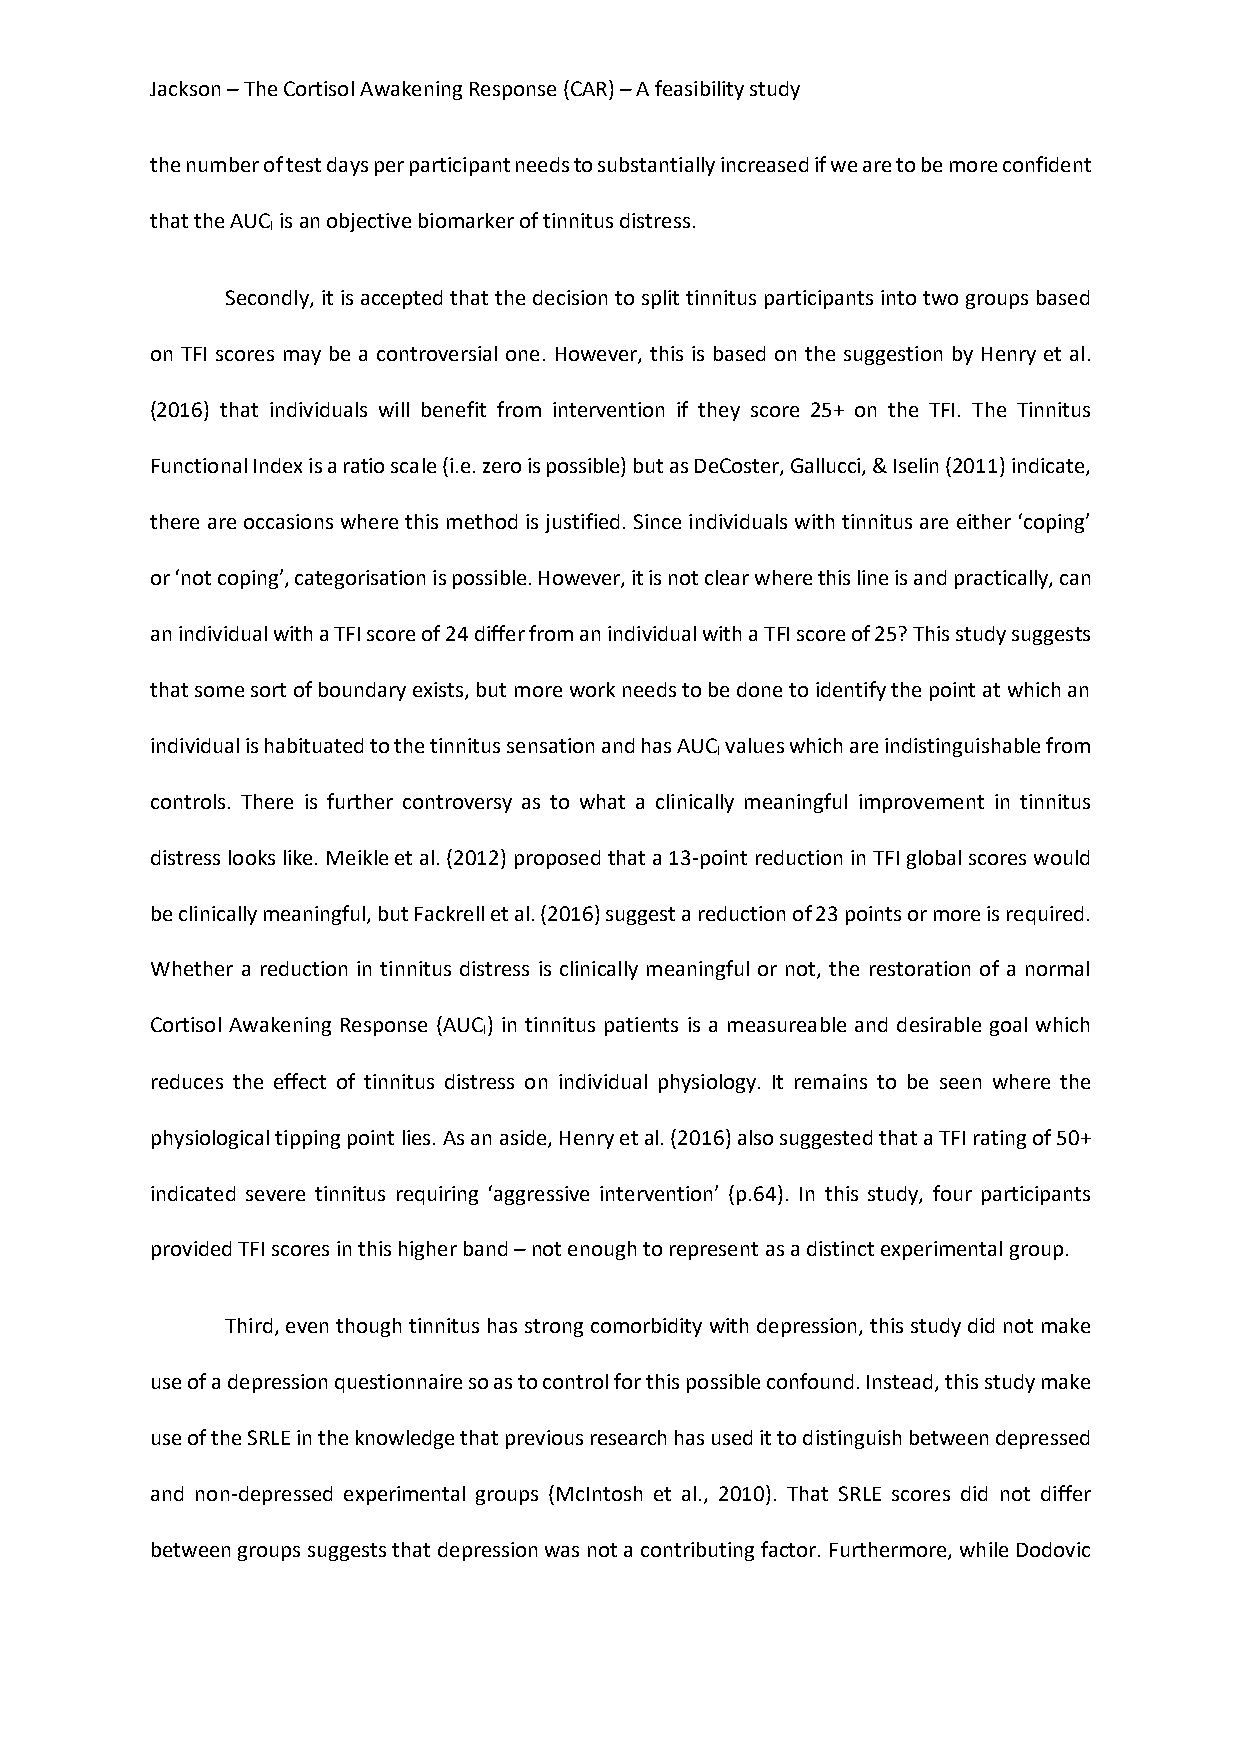
Jackson – The Cortisol Awakening Response (CAR) – A feasibility study
 the number of test days per participant needs to substantially increased if we are to be more confident
 that the AUC is an objective biomarker of tinnitus distress.
 I
 Secondly, it is accepted that the decision to split tinnitus participants into two groups based
 on TFI scores may be a controversial one. However, this is based on the suggestion by Henry et al.
 (2016) that individuals will benefit from intervention if they score 25+ on the TFI. The Tinnitus
 Functional Index is a ratio scale (i.e. zero is possible) but as DeCoster, Gallucci, & Iselin (2011) indicate,
 there are occasions where this method is justified. Since individuals with tinnitus are either ‘coping’
 or ‘not coping’, categorisation is possible. However, it is not clear where this line is and practically, can
 an individual with a TFI score of 24 differ from an individual with a TFI score of 25? This study suggests
 that some sort of boundary exists, but more work needs to be done to identify the point at which an
 individual is habituated to the tinnitus sensation and has AUC values which are indistinguishable from
 I
 controls. There is further controversy as to what a clinically meaningful improvement in tinnitus
 distress looks like. Meikle et al. (2012) proposed that a 13-point reduction in TFI global scores would
 be clinically meaningful, but Fackrell et al. (2016) suggest a reduction of 23 points or more is required.
 Whether a reduction in tinnitus distress is clinically meaningful or not, the restoration of a normal
 Cortisol Awakening Response (AUC) in tinnitus patients is a measureable and desirable goal which
 I
 reduces the effect of tinnitus distress on individual physiology. It remains to be seen where the
 physiological tipping point lies. As an aside, Henry et al. (2016) also suggested that a TFI rating of 50+
 indicated severe tinnitus requiring ‘aggressive intervention’ (p.64). In this study, four participants
 provided TFI scores in this higher band – not enough to represent as a distinct experimental group.
 Third, even though tinnitus has strong comorbidity with depression, this study did not make
 use of a depression questionnaire so as to control for this possible confound. Instead, this study make
 use of the SRLE in the knowledge that previous research has used it to distinguish between depressed
 and non-depressed experimental groups (McIntosh et al., 2010). That SRLE scores did not differ
 between groups suggests that depression was not a contributing factor. Furthermore, while Dodovic